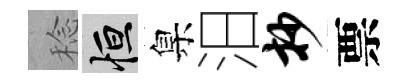
稔恒臬汨抄票